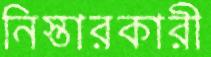
নিস্তারকারী